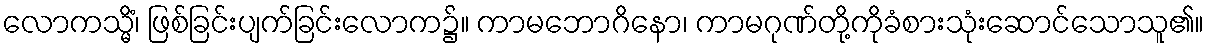
လောကသ္မိံ၊ ဖြစ်ခြင်းပျက်ခြင်းလောက၌။ ကာမဘောဂိနော၊ ကာမဂုဏ်တို့ကိုခံစားသုံးဆောင်သောသူ၏။